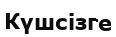
Күшсізге